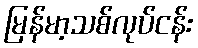
မြန်မာ့သစ်လုပ်ငန်း